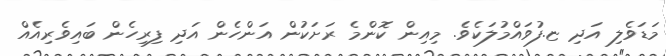
މަޑަވެލި އަދި ޏ.ފުވައްމުލަކެވެ. މިއިން ކޮންމެ ރަށަކުން އަންހެން އަދި ފިރިހެން ބައިވެރިއެއް